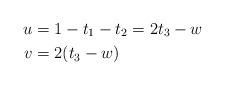
LaTeX: \begin{align*}u & = 1 - t_1 - t_2 = 2t_3 - w \\v & = 2(t_3-w)\end{align*}